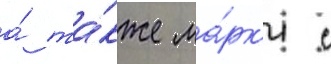
а́ та́кже ма́рк'и с